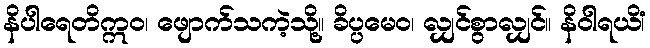
နိပါရေတိဣဝ၊ ဖျောက်သကဲ့သို့။ ခိပ္ပမေဝ၊ လျှင်စွာလျှင်။ နိဝါရယိံ၊